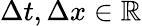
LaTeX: \Delta t,\Delta x\in\mathbb{R}